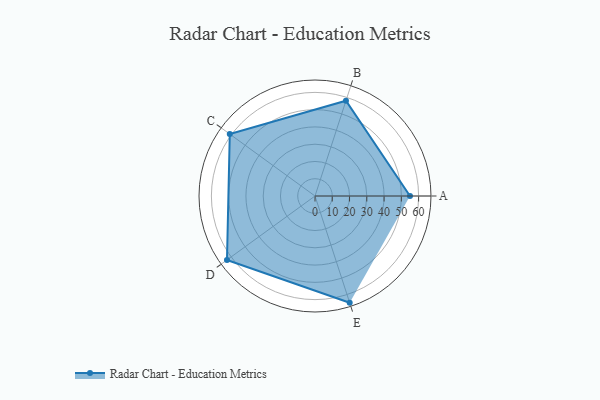
{"axis": {"x": "Skill", "y": "Score"}, "legend": ["Profile"], "data": [{"x": "A", "y": 55.0, "type": "Profile"}, {"x": "B", "y": 58.0, "type": "Profile"}, {"x": "C", "y": 61.0, "type": "Profile"}, {"x": "D", "y": 63.0, "type": "Profile"}, {"x": "E", "y": 65.0, "type": "Profile"}]}